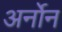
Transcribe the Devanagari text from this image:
अर्नोन